Vaccination in Bombay 1913-1923 - 1913-1923
Year: 1913
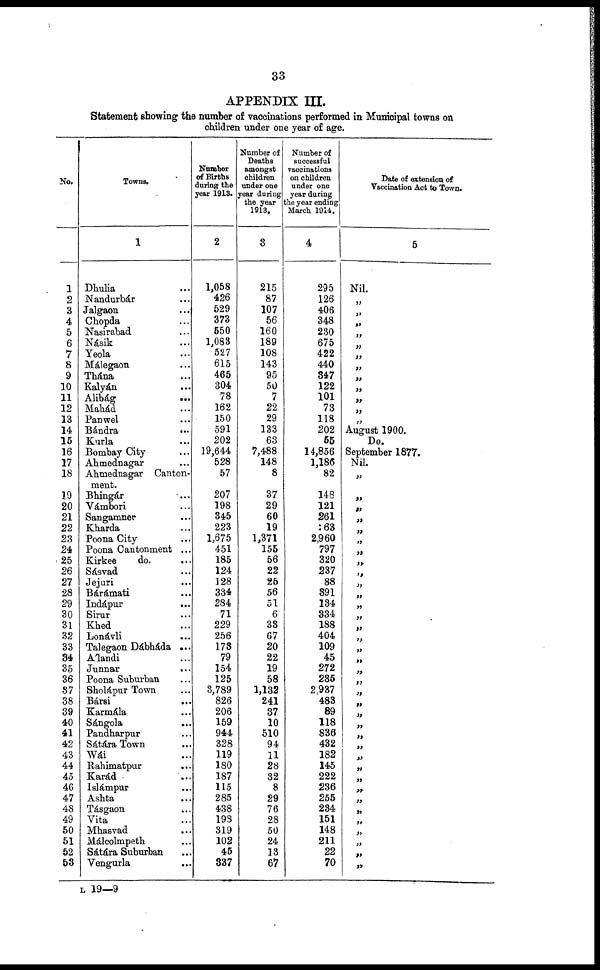
33
APPENDIX III.
Statement showing the number of vaccinations performed in Municipal towns on
children under one year of age.
No.
1
2
3
4
5
6
7
8
9
10
11
12
13
14
15
16
17
18
19
20
21
22
23
24
25
26
27
28
29
30
31
32
33
34
35
36
37
38
39
40
41
42
43
44
45
46
47
48
49
50
51
52
53
Towns.
1
Dhulia ...
Nandurbár ...
Jalgaon ...
Chopda ...
Nasirabad ...
Násik ...
Yeola ...
Málegaon ...
Thána ...
Kalyán ...
Alibág
...
Mahád ...
Panwel ...
Bándra
...
Kurla ...
Bombay City ...
Ahmednagar ...
Ahmednagar Canton-
ment.
Bhingár
...
Vámbori ...
Sangamner ...
Kharda ...
Poona City ...
Poona Cantonment ...
Kirkee
do. ...
Sásvad ...
Jejuri ...
Bárámati ...
Indápur
...
Sirur ...
Khed ...
Lonávli ...
Talegaon Dábháda ...
Álandi ...
Junnar ...
Poona Suburban ...
Sholápur Town ...
Bársi
...
Karmála ...
Sángola ...
Pandharpur ...
Sátára Town ...
Wái ...
Rahimatpur ...
Karád
...
Islámpur ...
Ashta ...
Tásgaon ...
Vita ...
Mhasvad ...
Málcolmpeth ...
Sátára Suburban ...
Vengurla ...
Number
of Births
during the
year 1913.
2
1,058
426
529
373
550
1,083
527
615
465
304
78
162
150
591
202
19,644
528
57
207
198
345
223
1,675
451
185
124
128
334
284
71
229
256
173
79
154
125
3,789
826
206
159
944
328
119
180
187
115
285
438
198
319
102
45
337
Number of
Deaths
amongst
children
under one
year during
the year
1913.
3
215
87
107
56
160
189
108
143
95
50
7
22
29
133
63
7,488
148
8
37
29
60
19
1,371
155
56
22
25
56
51
6
33
67
20
22
19
58
1,132
241
37
10
510
94
11
28
32
8
29
76
28
50
24
13
67
Number of
successful
vaccinations
on children
under one
year during
the year ending
March 1914.
4
295
126
406
348
230
675
422
440
347
122
101
73
118
202
55
14,856
1,186
82
148
121
261
263
2,960
797
320
237
88
391
134
334
188
404
109
45
272
235
2,937
483
89
118
836
432
182
145
222
236
255
234
151
148
211
22
70
Date of extension of
Vaccination Act to Town.
5
Nil.
„
„
„
„
„
„
„
„
„
„
„
„
August 1900.
Do.
September 1877.
Nil.
„
„
„
„
„
„
„
„
„
„
„
„
„
„
„
„
„
„
„
„
„
„
„
„
„
„
„
„
„
„
„
„
„
„
„
„
L 19—9